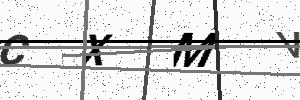
Text: CXMV